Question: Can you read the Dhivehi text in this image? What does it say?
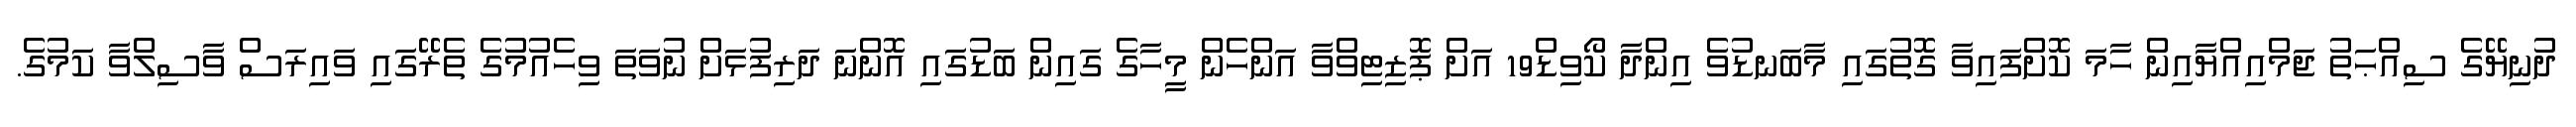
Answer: ދުނިޔޭގެ ސިއްޙަތު ޖަމްއިއްޔާއިން ހާމަ ކޮށްފައިވާ ގޮތުގައި މާބަނޑުވެ އިންދާ ކޯވިޑް19 އަށް ޕޮޒިޓިވްވާ އަންހެން މީހާގެ ގައިން ބަޑުގައި އޮންނަ ދަރިފުޅަށް ނުވަތަ ވިހެއުމުގެ ތެރޭގައި ވައިރަސް ވާސިލްވާ ކަމުގެ.